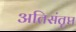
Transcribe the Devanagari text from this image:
अतिसंतृप्त